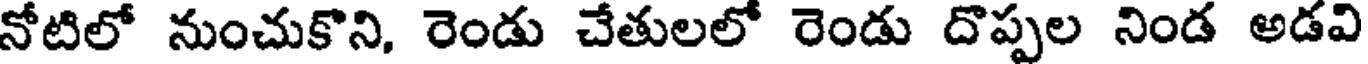
నోటిలో నుంచుకొని, రెండు చేతులలో రెండు దొప్పల నిండ అడవి